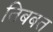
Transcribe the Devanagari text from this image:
तिबबत